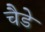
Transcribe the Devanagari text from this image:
चैडे